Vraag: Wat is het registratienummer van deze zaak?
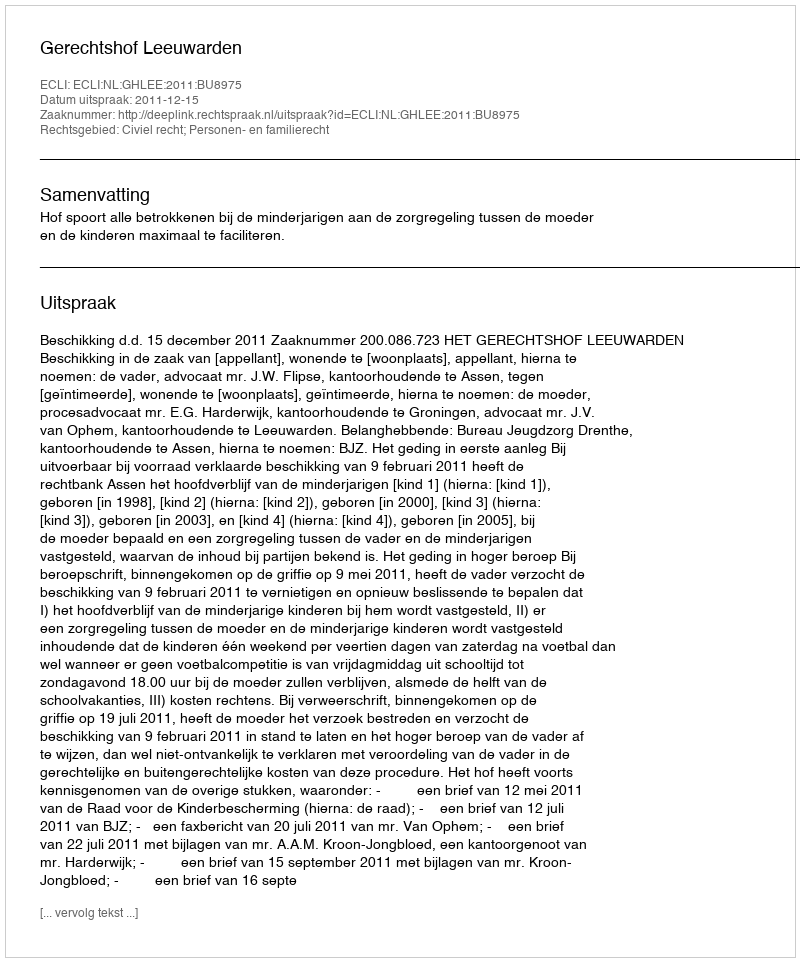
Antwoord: http://deeplink.rechtspraak.nl/uitspraak?id=ECLI:NL:GHLEE:2011:BU8975